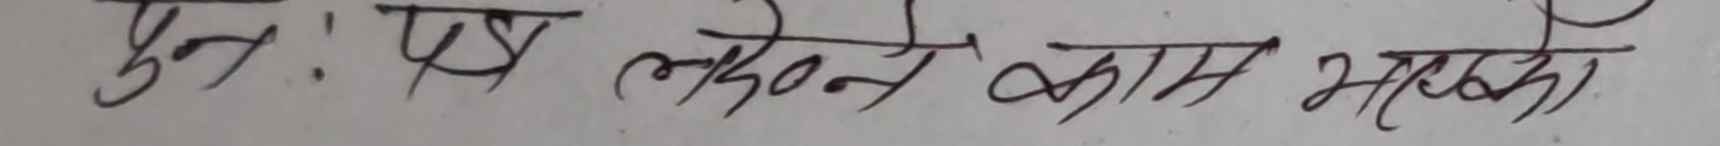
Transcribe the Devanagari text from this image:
पुनः एउटा केटाले काम गरेको